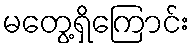
မတွေ့ရှိကြောင်း